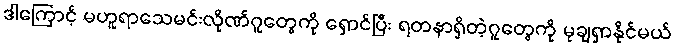
ဒါကြောင့် မဟူရာသေမင်းလိုဏ်ဂူတွေကို ရှောင်ပြီး ရတနာရှိတဲ့ဂူတွေကို မုချရှာနိုင်မယ်